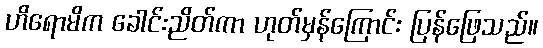
ဟိရောမိက ခေါင်းညိတ်ကာ ဟုတ်မှန်ကြောင်း ပြန်ဖြေသည်။